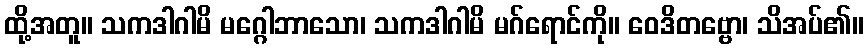
ထို့အတူ။ သကဒါဂါမိ မဂ္ဂေါဘာသော၊ သကဒါဂါမိ မဂ်ရောင်ကို။ ဝေဒိတဗ္ဗော၊ သိအပ်၏။